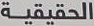
الحقیقیة